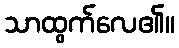
သာထွက်လေ၏။